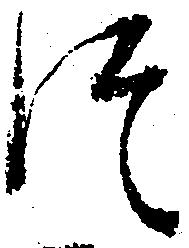
つ